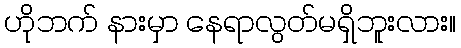
ဟိုဘက် နားမှာ နေရာလွတ်မရှိဘူးလား။